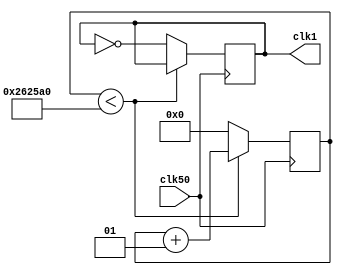
/*
 * 1, 2, 3 3
 */

//  50m hz --> 1hz
module dicCLK(clk50,clk1);
    input clk50;
    output clk1;
    integer i;
    reg clk1;
    reg cs;
    always @ (posedge clk50)
    begin
        if (i<2500000) 
            i = i+1;
        else
        begin
            i = 0;
            clk1 = ~clk1;
        end
    end
endmodule

//led 
module displayLed(num, outcode);
    input wire[3:0] num;
    output reg[6:0] outcode;
    always @ (num)
    begin
        case(num)//1 0 
            4'b0000: outcode=7'b1111111;//0
            4'b0001: outcode=7'b1001111;//1
            4'b0010: outcode=7'b0010010;//2
            4'b0011: outcode=7'b0000110;//3
            4'b0100: outcode=7'b1001100;//4
            4'b0101: outcode=7'b1011011;//5
            4'b0110: outcode=7'b1011111;//6
            4'b0111: outcode=7'b1110000;//7
            4'b1000: outcode=7'b0000000;//8
            4'b1001: outcode=7'b1111011;//9
        endcase
    end
endmodule


//
module Clock(clk, reset, hour, min, sec);
    input clk,reset;
    output reg[5:0] min=0, sec=0, hour=0;

    //reset
    always @ (reset)
    begin
        hour = 0;
        min = 0;
        sec = 0;
    end

    //count
    always @ (clk)
    begin
        sec = sec + 1;
        if (sec == 60) begin
            sec = 0;
            min = min + 1;
        end

        if (min >= 60) begin
            min = 0;
            hour = hour + 1;
        end

        if (hour >= 24 ) begin
            hour = 0;
        end
    end
endmodule

//
module can_set_Clock(clk, reset, hour_set, min_set, sec_set, hour, min, sec);
    input clk,reset;
    input wire[5:0] min_set, sec_set, hour_set;
    output reg[5:0] min=0, sec=0, hour=0;

    //reset
    always @ (reset)
    begin
        hour <= hour_set;
        min  <= min_set;
        sec  <= sec_set;
    end

    //count
    always @ (clk)
    begin
        sec = sec + 1;
        if (sec == 60) begin
            sec = 0;
            min = min + 1;
        end

        if (min >= 60) begin
            min = 0;
            hour = hour + 1;
        end

        if (hour >= 24 ) begin
            hour = 0;
        end
    end
endmodule

//5   num < 64
module Split(num, hight, low);
input [5:0] num;
output reg[3:0] hight, low;
always @(num)
begin
    hight = num / 10;
    low = num % 10;
end
endmodule

/*
 *----------------
 *
 *----------------
 */

//1 
module LEDmov(clk1hz, sw0, hex0, hex1, hex2);
    input clk1hz,sw0;
    parameter Value=56'b0001001_0110000_1110001_1110001_0000001_0000000_0000000_0000000;// HELLO___
    output reg[6:0] hex0,hex1,hex2;
    reg[55:0] m=Value;
    always @ (posedge clk1hz)
    begin
        if (sw0)
            m = {m,m[55:49]};
        else
            m = {m[6:0],m[55:7]};
        {hex0,hex1,hex2} = m[55:35];
    end
endmodule


//  2 
module Exp2_clock(reset, clk50, sw0, hourh, hourl, minh, minl, sech, secl);
input clk50, sw0, reset;
output wire[6:0]  hourh, hourl, minh, minl, sech, secl;
wire clk;
wire[5:0] min=0, sec=0, hour=0;
wire[3:0] hourh_code, hourl_code, minh_code,  minl_code, sech_code,  secl_code;


dicCLK dic1(clk50, clk);        // 
Clock clock(clk, reset, hour, min, sec);    // 

Split sh(hour, hourh_code, hourl_code);
Split sm(min,  minh_code,  minl_code);
Split ss(sec,  sech_code,  secl_code);

displayLed dhh(hourh_code, hourh);
displayLed dhl(hourl_code, hourl);
displayLed dmh(minh_code,  minh);
displayLed dml(minl_code,  minl);
displayLed dsh(sech_code,  sech);
displayLed dsl(secl_code,  secl);

endmodule


//  3 
//   50mHz7  
module Exp3_cantSetclock(reset, hour_re, min_re, sec_re, clk50, sw0, hourh, hourl, minh, minl, sech, secl);
input clk50, sw0, reset;
input wire[5:0] hour_re, min_re, sec_re;
output wire[6:0]  hourh, hourl, minh, minl, sech, secl;

wire clk;
wire[5:0] min=0, sec=0, hour=0;

wire[3:0] hourh_code, hourl_code, minh_code,  minl_code, sech_code,  secl_code;


dicCLK dic1(clk50, clk);        // 
can_set_Clock scl(clk, reset, hour_re, min_re, sec_re, hour, min, sec);    // 

Split sh(hour, hourh_code, hourl_code);
Split sm(min,  minh_code,  minl_code);
Split ss(sec,  sech_code,  secl_code);

displayLed dhh(hourh_code, hourh);
displayLed dhl(hourl_code, hourl);
displayLed dmh(minh_code,  minh);
displayLed dml(minl_code,  minl);
displayLed dsh(sech_code,  sech);
displayLed dsl(secl_code,  secl);
endmodule